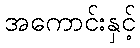
အကောင်းနှင့်